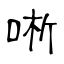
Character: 唽